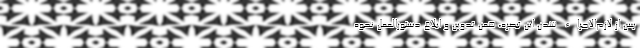
پس از لازم‌الاجراء شدن این تبصره، ضمن تدوین و ابلاغ دستورالعمل نحوه